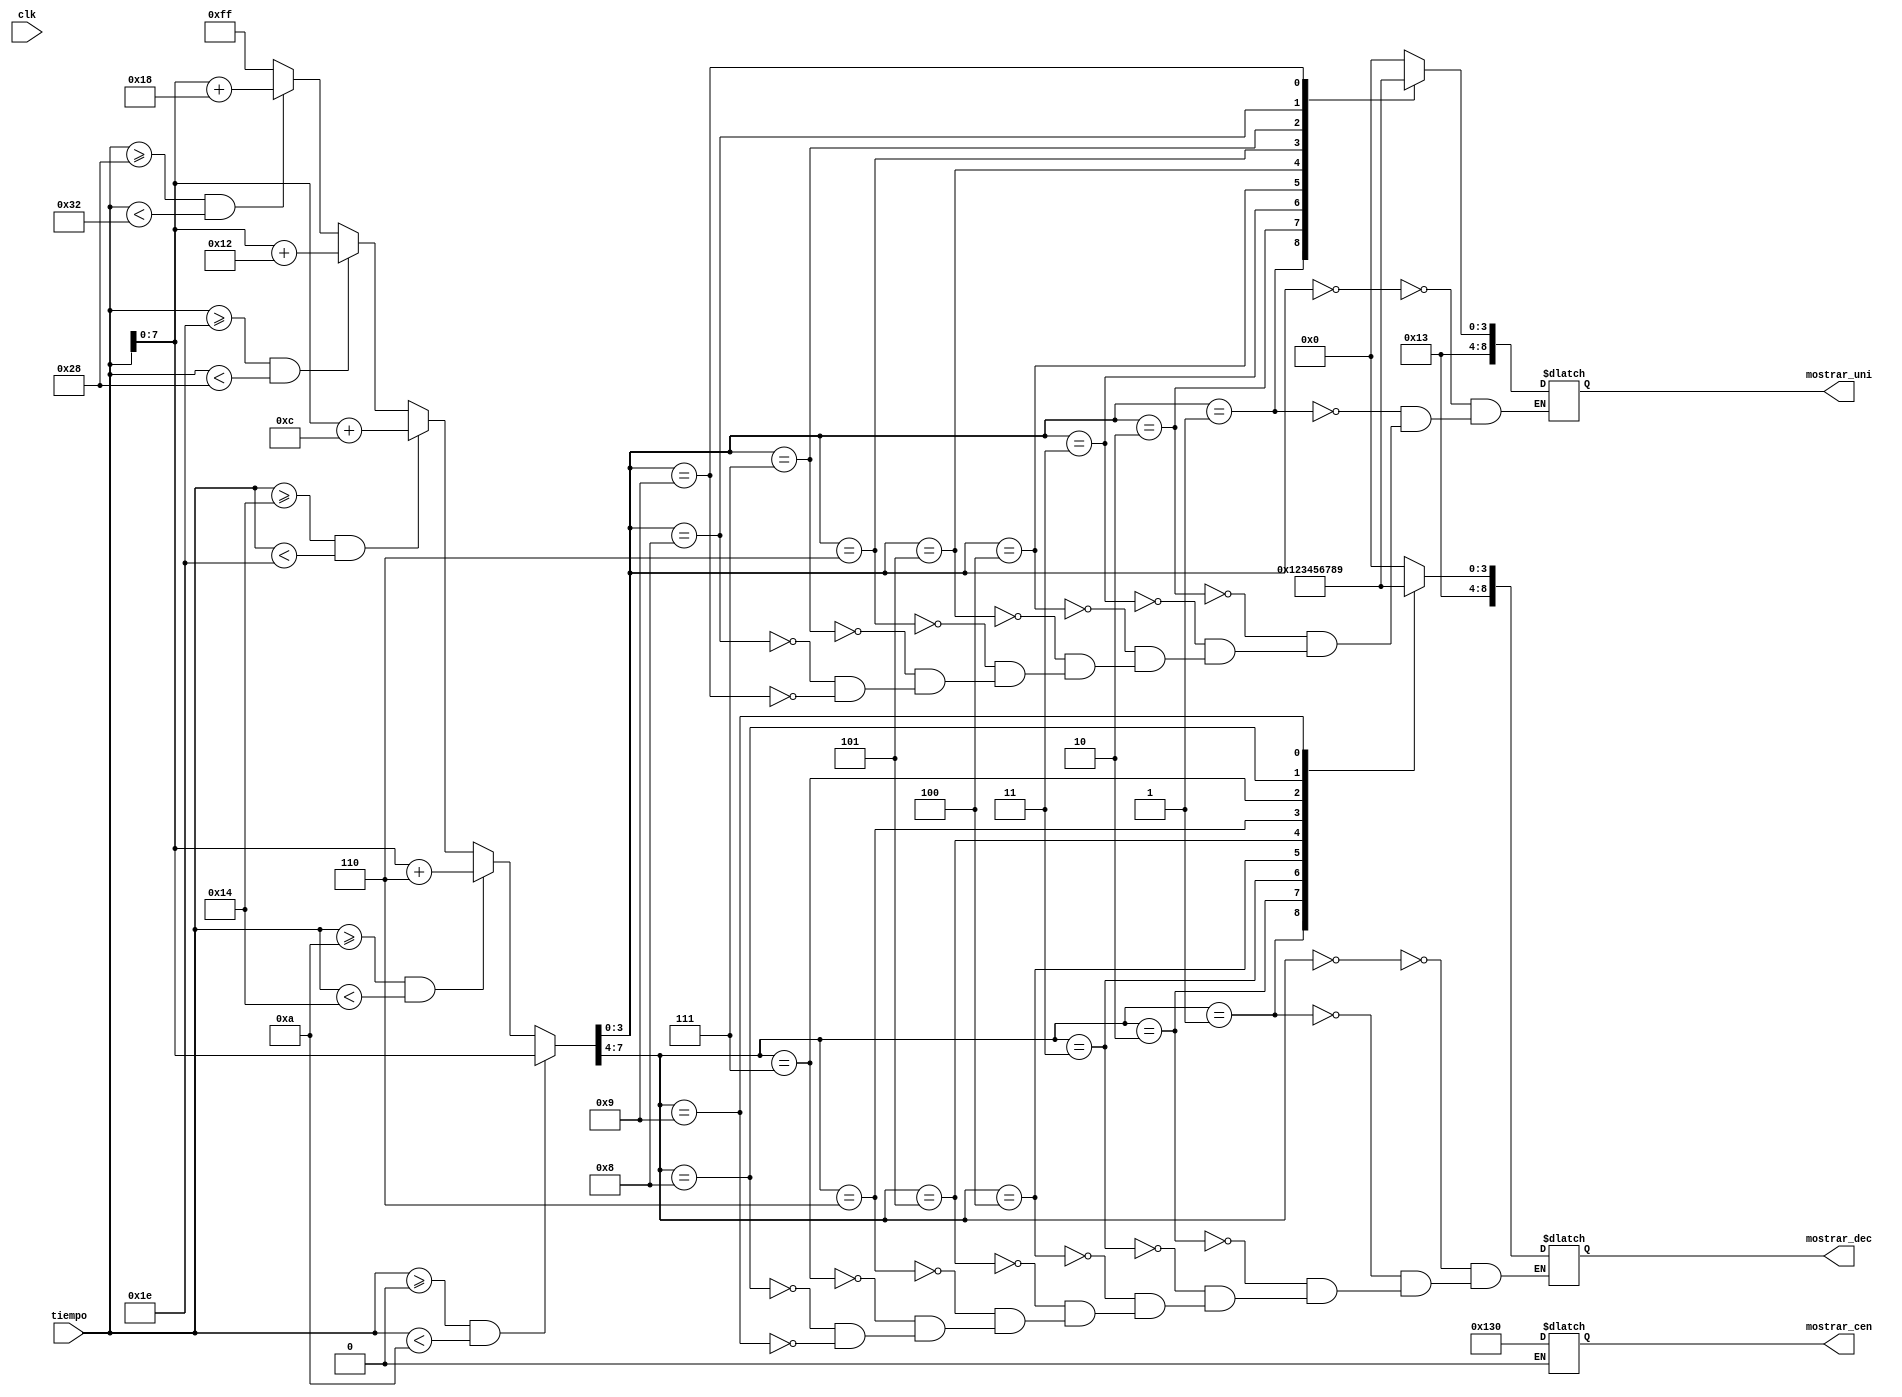
module Dividir_digitos (clk, tiempo, mostrar_cen, mostrar_dec, mostrar_uni);

input clk;
input [8:0] tiempo;

output reg [8:0] mostrar_cen = 0;
output reg [8:0] mostrar_dec = 0;
output reg [8:0] mostrar_uni = 0;

reg [7:0] resultado = 0;		
reg [3:0] digito_cen = 0;
reg [3:0] digito_dec = 0;
reg [3:0] digito_uni = 0;

always @(*) begin

	if((tiempo >= 0) && (tiempo < 10)) begin
		resultado <= tiempo;
	end
	else if((tiempo >= 10) && (tiempo < 20)) begin
		resultado <= tiempo + 6;
	end
	else if((tiempo >= 20) && (tiempo < 30)) begin
		resultado <= tiempo + 12;
	end
	else if((tiempo >= 30) && (tiempo < 40)) begin
		resultado <= tiempo + 18;
	end
		else if((tiempo >= 40) && (tiempo < 50)) begin
		resultado <= tiempo + 24;
	end
	else begin
		resultado <= 8'b11111111;;
	end
	
	digito_uni <= resultado[3:0];
	digito_dec <= resultado[7:4];
			
	case(digito_cen)
		0: mostrar_cen <= 9'h130;
		1: mostrar_cen <= 9'h131;
		2: mostrar_cen <= 9'h132;
		3: mostrar_cen <= 9'h133;
		4: mostrar_cen <= 9'h134;
		5: mostrar_cen <= 9'h135;
		6: mostrar_cen <= 9'h136;
		7: mostrar_cen <= 9'h137;
		8: mostrar_cen <= 9'h138;
		9: mostrar_cen <= 9'h139;				
	endcase
	
	case(digito_dec)
		0: mostrar_dec <= 9'h130;
		1: mostrar_dec <= 9'h131;
		2: mostrar_dec <= 9'h132;
		3: mostrar_dec <= 9'h133;
		4: mostrar_dec <= 9'h134;
		5: mostrar_dec <= 9'h135;
		6: mostrar_dec <= 9'h136;
		7: mostrar_dec <= 9'h137;
		8: mostrar_dec <= 9'h138;
		9: mostrar_dec <= 9'h139;				
	endcase

	case(digito_uni)
		0: mostrar_uni <= 9'h130;
		1: mostrar_uni <= 9'h131;
		2: mostrar_uni <= 9'h132;
		3: mostrar_uni <= 9'h133;
		4: mostrar_uni <= 9'h134;
		5: mostrar_uni <= 9'h135;
		6: mostrar_uni <= 9'h136;
		7: mostrar_uni <= 9'h137;
		8: mostrar_uni <= 9'h138;
		9: mostrar_uni <= 9'h139;				
	endcase			
			
end	
	
endmodule